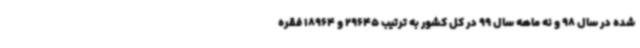
شده در سال 98 و نه ماهه سال 99 در کل کشور به ترتیب 29645 و 18964 فقره